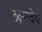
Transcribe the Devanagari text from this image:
लक्ष्मदेव